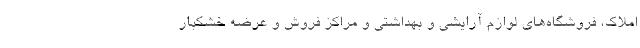
املاک، فروشگاه‌های لوازم آرایشی و بهداشتی و مراکز فروش و عرضه خشکبار